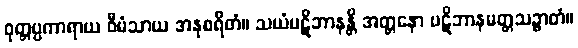
ဝုတ္တပ္ပကာရာယ ဝီမံသာယ အနုစရိတံ။ သယံပဋိဘာနန္တိ အတ္တနော ပဋိဘာနမတ္တသဉ္ဇာတံ။